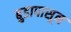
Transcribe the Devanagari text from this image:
बुडापासून